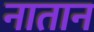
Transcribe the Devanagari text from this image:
नातान